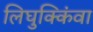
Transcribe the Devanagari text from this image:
लिघुक्किंवा